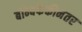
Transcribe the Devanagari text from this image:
बॉम्बफेकीनंतर